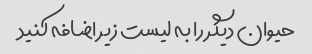
حیوان دیگر را به لیست زیر اضافه کنید